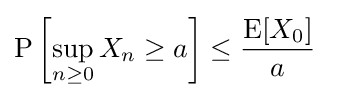
\operatorname {P} \left[\sup _{n\geq 0}X_{n}\geq a\right]\leq {\frac {\operatorname {E} [X_{0}]}{a}}\